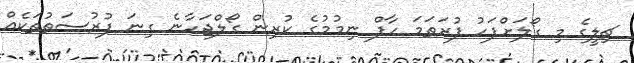
ޗިލީގެ މި ގޯލަށްފަހު ފުރަތަމަ ހާފް ނިމުމުގެ ކުރިން ގޯލްޖަހާނެ ގިނަ ފުރުސަތުތަކެއް